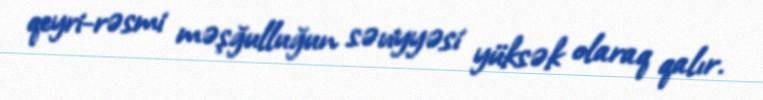
qeyri-rəsmi məşğulluğun səviyyəsi yüksək olaraq qalır.